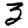
Digit: 3